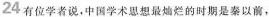
24有位学者说，中国学术思想最灿烂的时期是秦以前，